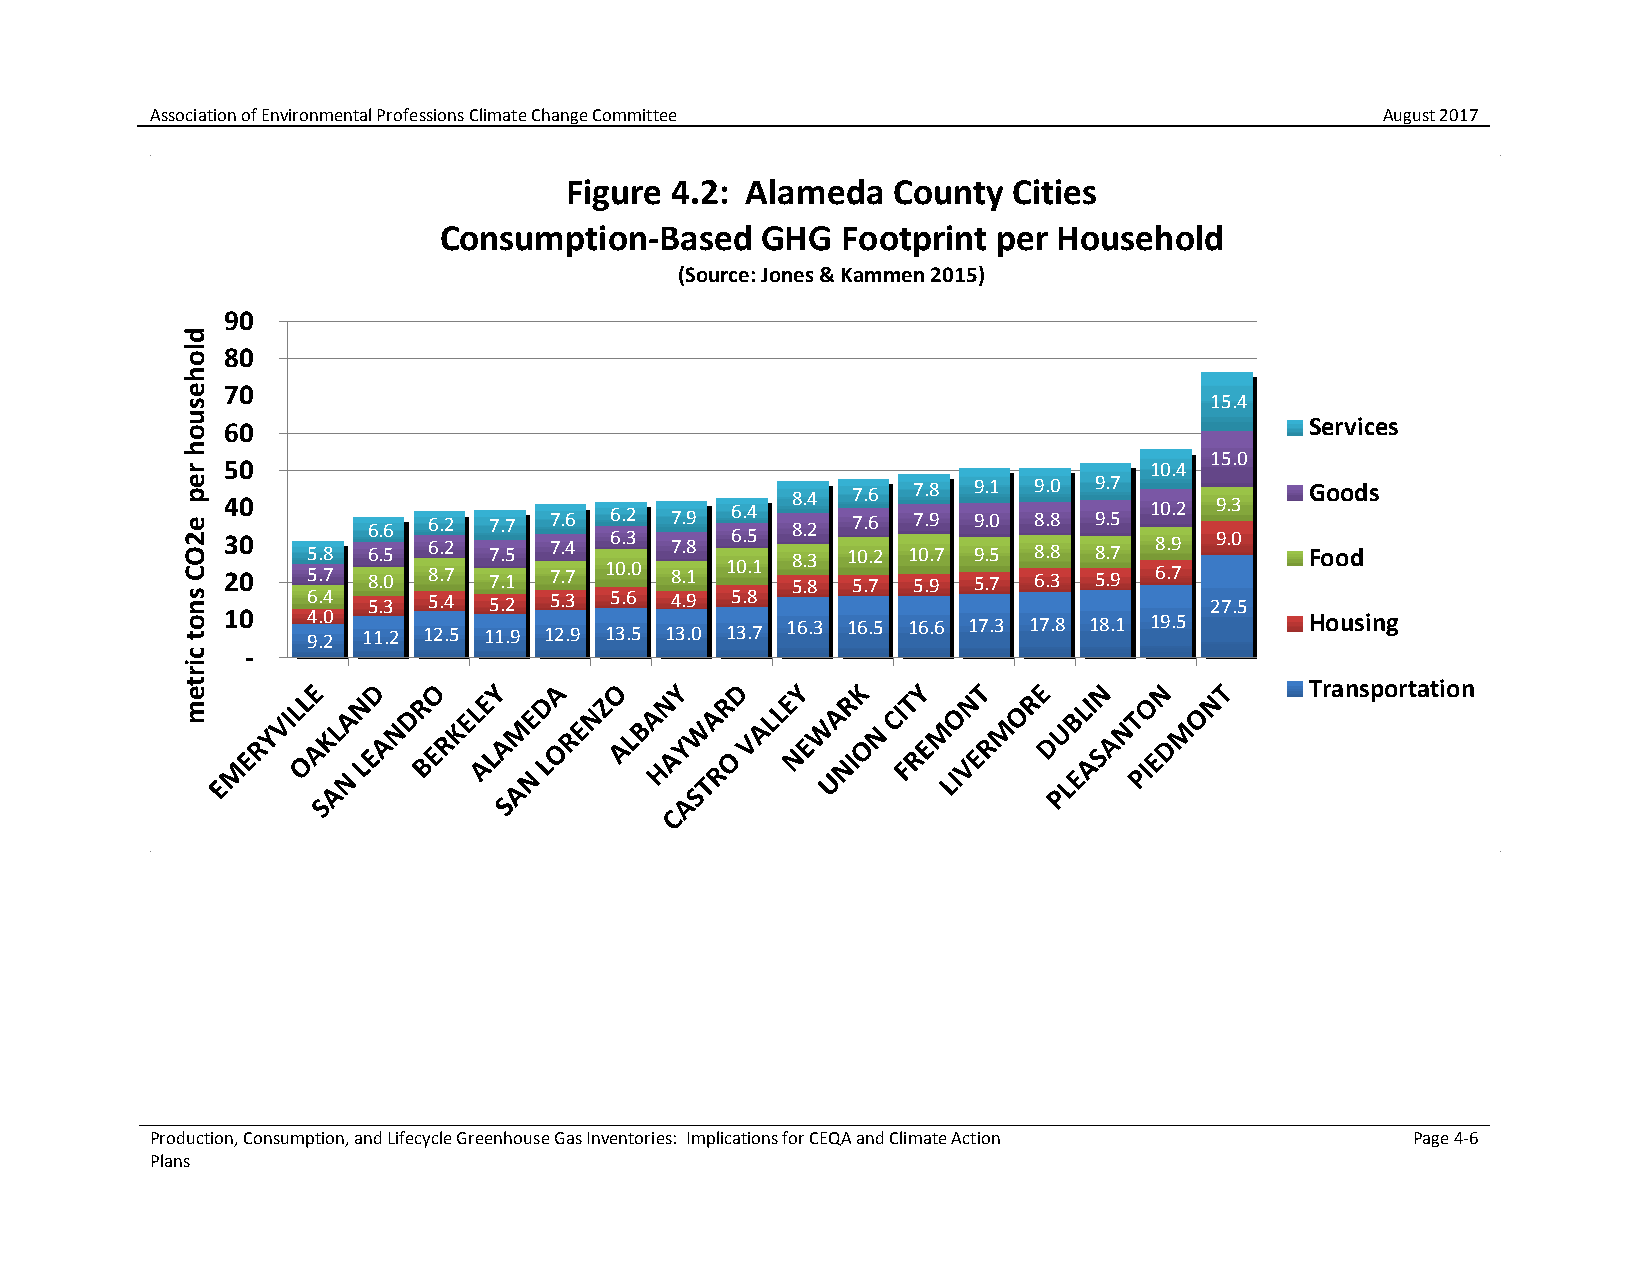
Association of Environmental Professions Climate Change Committee                 August 2017
 Figure 4.2: Alameda   County  Cities
 Consumption-Based    GHG   Footprint per Household
 (Source: Jones & Kammen 2015)
 90
 80
 70
 15.4
 60                                                                      Services
 15.0
 50                                                           10.4
 34 00
 5.8
 66 .. 56 66 .. 22 77 .. 57 77 .. 46 66 .. 32 77 .. 89 66 .. 54 888 ... 324 177 0.. .66
 2
 177 0.. .98
 7
 999 ... 501 889 ... 880 899 ... 757 1 80 .. 92 99 .. 03 G Foo oo dds
 20   5.7 8.0 8.7 7.1 7.7 10.0 8.1 10.1 5.8 5.7 5.9 5.7 6.3 5.9 6.7
 6.4 5.3 5.4 5.2 5.3 5.6 4.9 5.8                             27.5
 10   94 .. 20 11.2 12.5 11.9 12.9 13.5 13.0 13.7 16.3 16.5 16.6 17.3 17.8 18.1 19.5 Housing
 -
 Transportation
 Production, Consumption, and Lifecycle Greenhouse Gas Inventories: Implications for CEQA and Climate Action Page 4-6
 Plans
 dlohesuoh
 rep
 e2OC
 snot
 cirtem